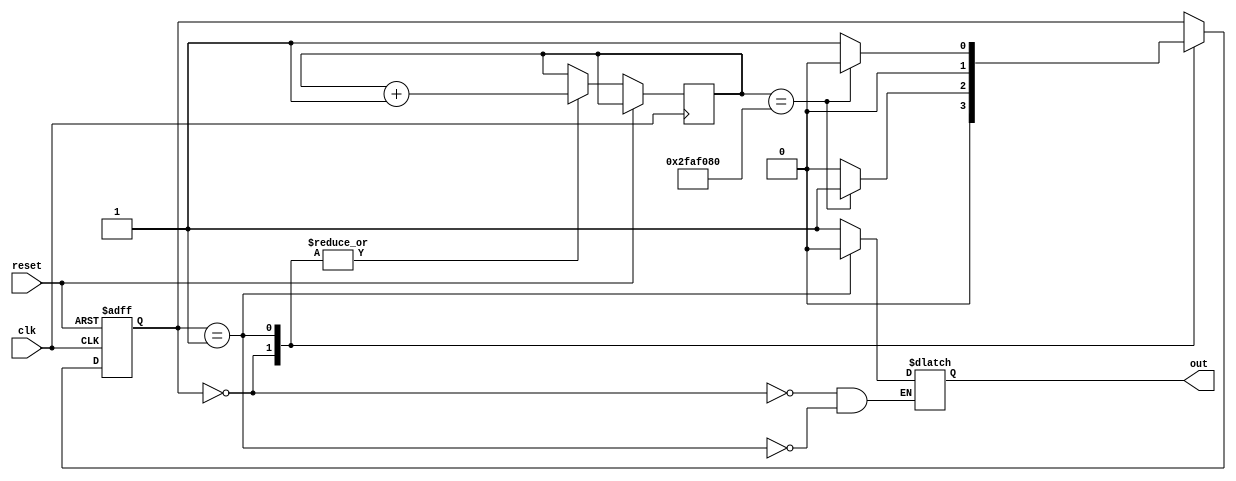
// Quartus II Verilog Template
// 4-State Moore state machine

// A Moore machine's outputs are dependent only on the current state.
// The output is written only when the state changes.  (State
// transitions are synchronous.)

module four_state_moore_state_machine_led
(
	input clk,
	input reset,
	output reg out
);

	// Declare state register
	reg		[1:0]state;
	reg [25:0] counter;
	// Declare states
	parameter S0 = 0, S1 = 1;

	// Output depends only on the state
	always @ (state) begin
		case (state)
			S0:
				out = 1'b1;
			S1:
				out = 1'b0;
		endcase
	end

	// Determine the next state
	always @ (posedge clk or posedge reset) begin
		if (reset)
			state <= S0;
		else
			case (state)
				S0:
					begin
						counter <= counter + 1'b1;
						if(counter == 26'b10111110101111000010000000)
							state <= S1;
						else 
							state<= S0;
					end 
				S1:
						begin
						counter <= counter + 1'b1;
						if(counter == 26'b10111110101111000010000000)
							state <= S0;
						else 
							state<= S1;
					end 
			endcase
	end

endmodule